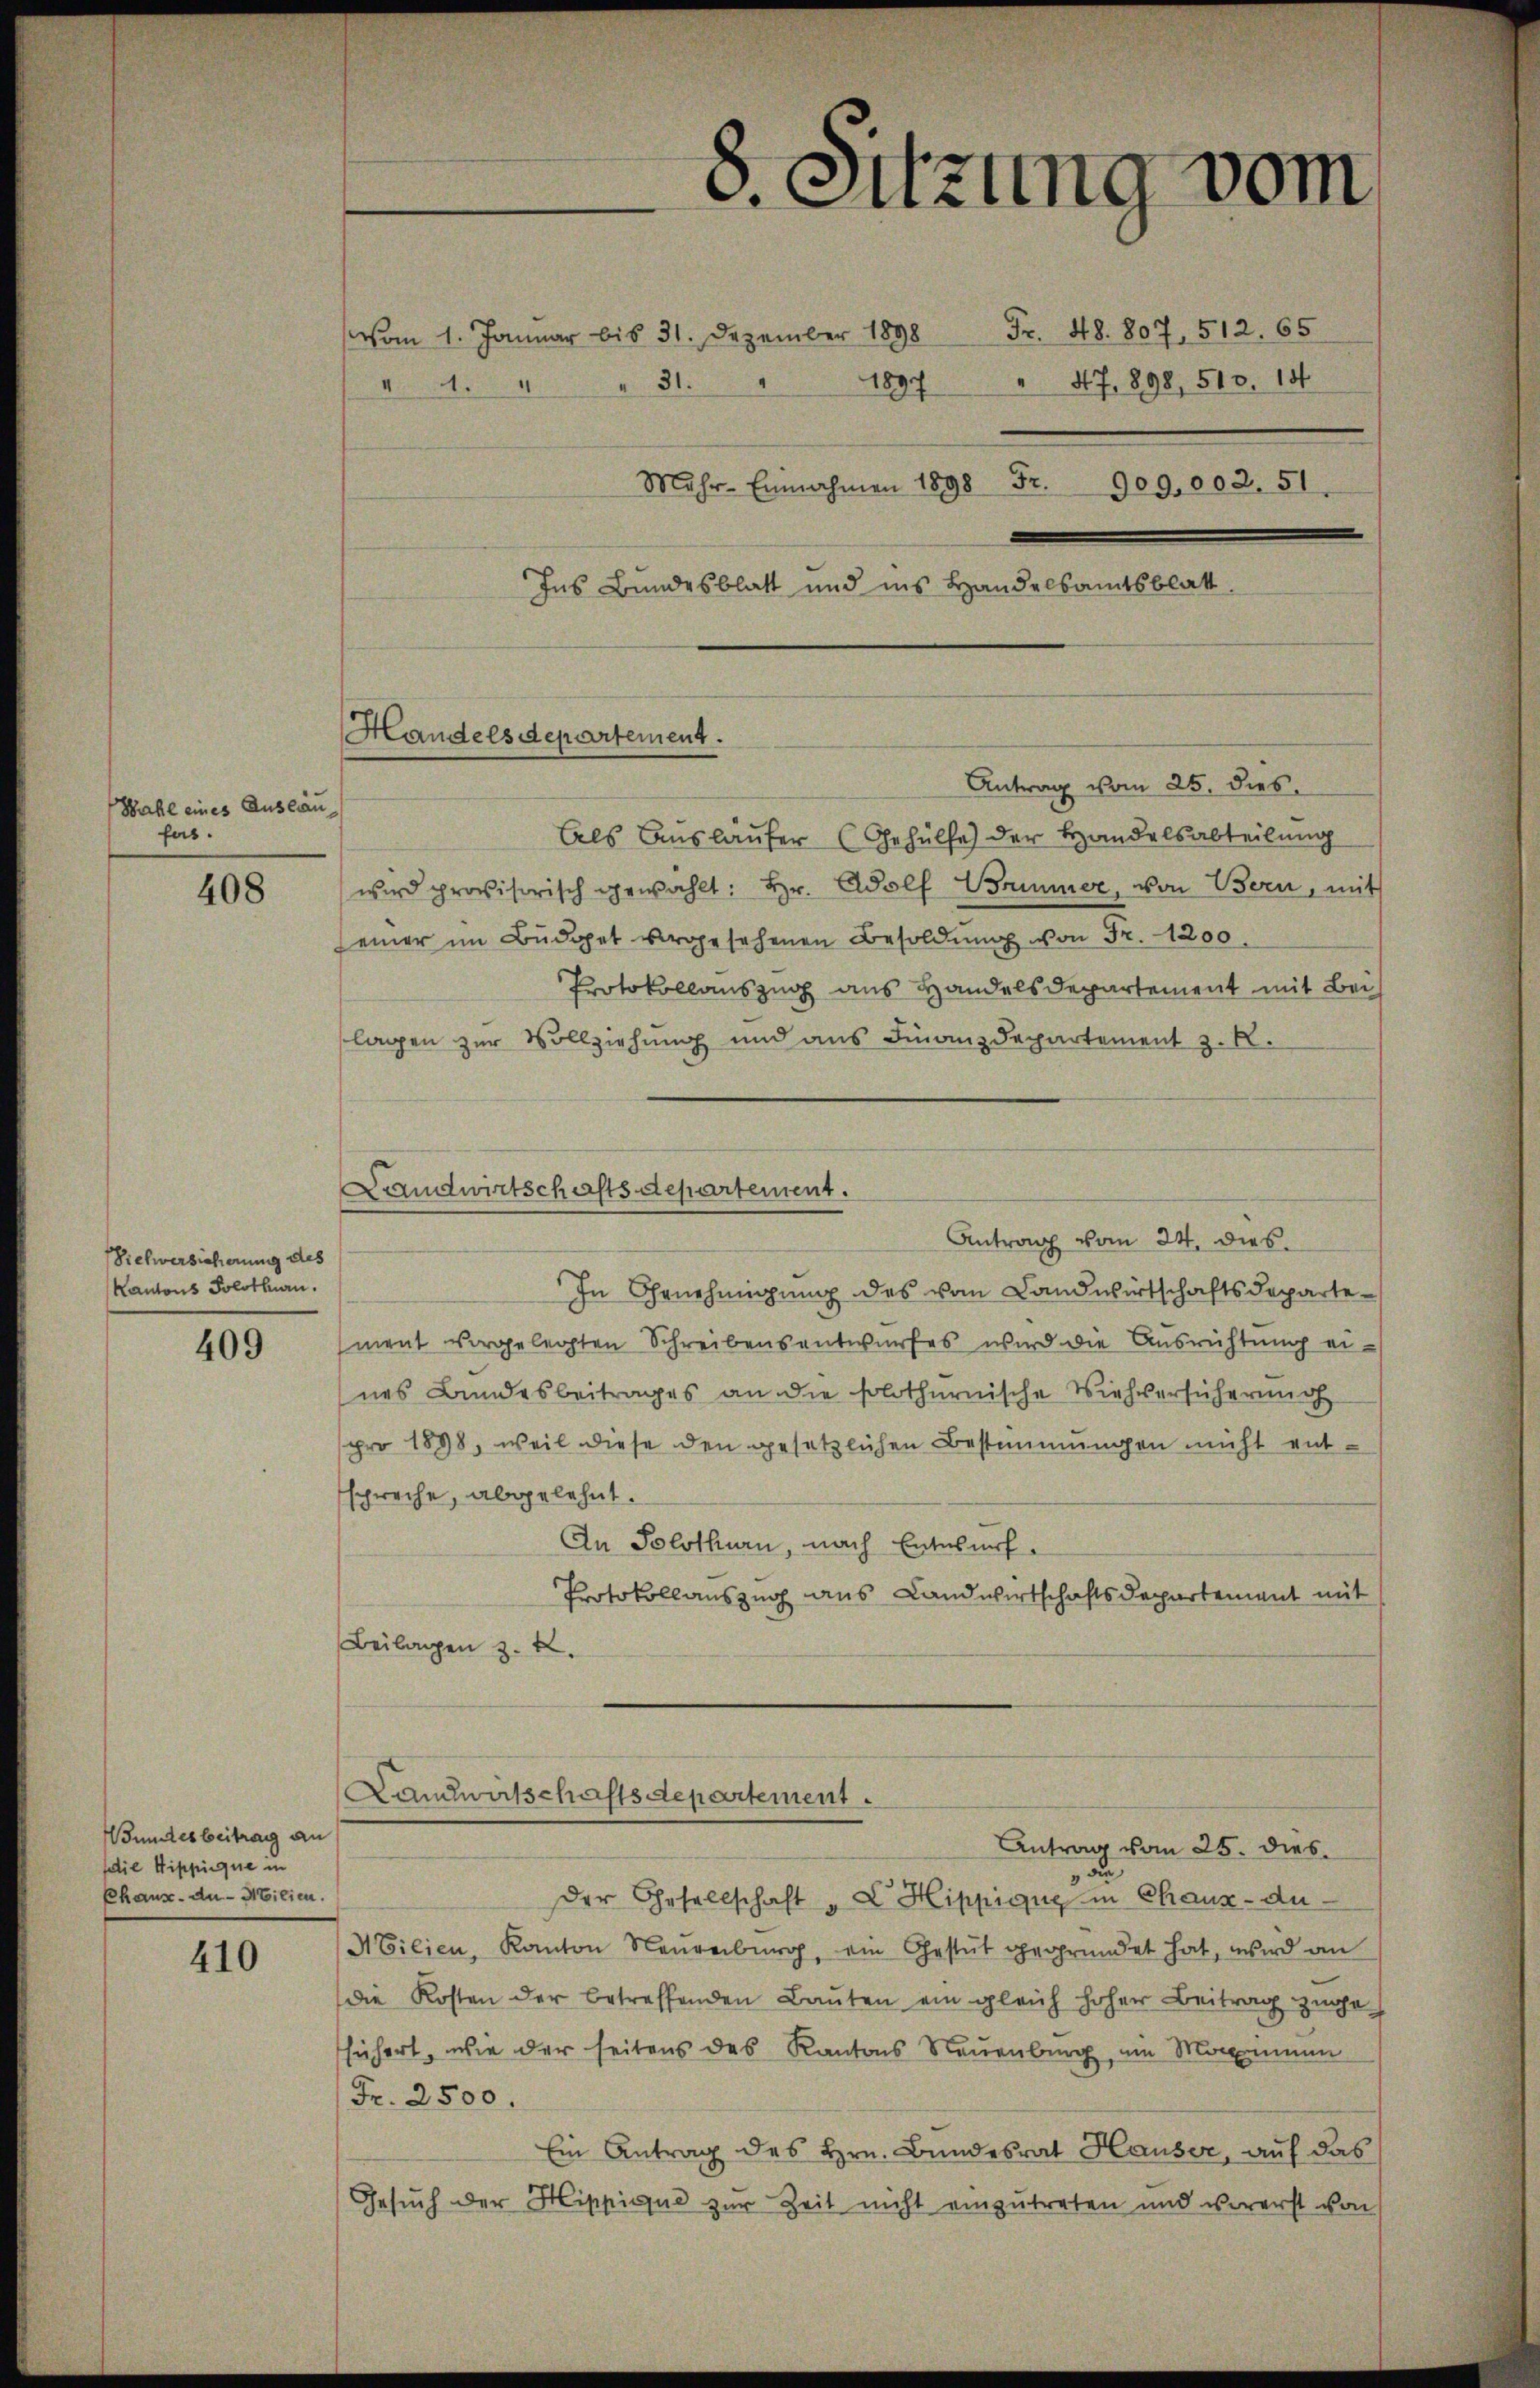
Wahl eines Auslau
fet.

408

Sielwersicherung des
Kantons Solothurn.

409

unterbeitrag an
fdie Wippinque in
Phaux-de- Milien.

410

vom 1. Januar bis 31. Dezember 1898 Fr. 48. 807, 512. 65
Ins Bundesblatt und ins Handelsamtsblatt
Antrag vom 25. dies
Als Ausläufer (Gehülfe der Handelsabteilung
wird provisorisch gewählt: Hr. Adolf Borimer, von Bern, mit
einer im Büdget vorgesehenen Besoldŭng von Fr. 1200.
Protokollauszug aus Handelsdepartement mit Bei
lagen zur Vollziehung und aus Finanzdepartement z. R.
Landwirtschaftsdepartement.
Antrag vom 24. dies
In Genehmigung des vom Landwirtschaftsdeparte
ment vorgelegten Schreibensentwurfes wird die Ausrichtung eines Bundesbeitrages an die solothurnische Viehversicherung
pro 1898, weil diese den gesetzlichen Bestimmungen nicht entspreche, abgelehnt.
An Solothurn, nach Entwurf.
Protokollauszug aus Landwirtschaftsdepartement mit
Beilagen z. B.

Handelsdepartement.

c. Sitzung vom

" 1. " " 31. " 1897 " 47. 898. 513. 151
Mehr-Einnahmen 1898 Fr. 909.002. 51.

Landwirtschaftsdepartement.
Antrag vom 25. dies

d
der Gesellschaft „L Hippigue in Chaux-Au-
Ailien, Kanton Neuenburg, ein Gestät gegründet hat, wird an
die Kosten der betreffenden Baŭten ein gleich hoher Beitrag zugesichert, wie der seitens des Kantons Neuenburg, am Momen
Fr. 2500.
Ein Antrag des Hrn. Bundesrat Hauser, auf das
Gesuch der Hippigue zur Zeit nicht einzutreten und vorerst von